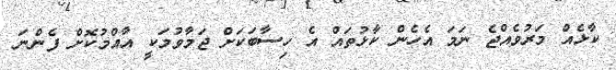
ކާޅެއް މަރުވެއްޖެ ނަމަ އެހެން ކާޅުތައް އެ ހިސާބަކަށް ޖަމާވުމަކީ އާއްމުކޮށް ފެންނަ